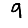
Digit: 9